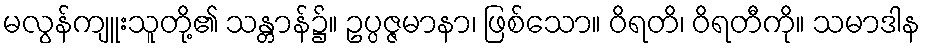
မလွန်ကျူးသူတို့၏ သန္တာန်၌။ ဥပ္ပဇ္ဇမာနာ၊ ဖြစ်သော။ ဝိရတိ၊ ဝိရတီကို။ သမာဒါန